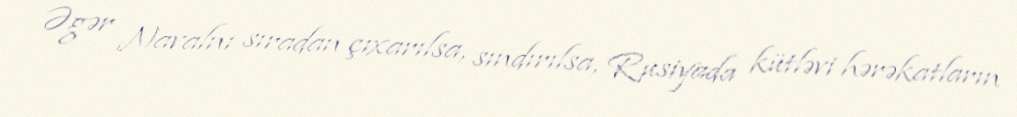
Əgər Navalnı sıradan çıxarılsa, sındırılsa, Rusiyada kütləvi hərəkatların